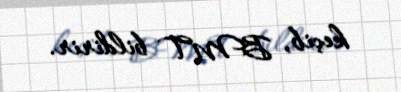
keçib, BMT bildirir.